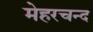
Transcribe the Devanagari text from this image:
मेहरचन्द